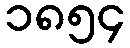
၁၈၅၄